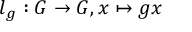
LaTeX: l _ { g } : G \to G , x \mapsto g x